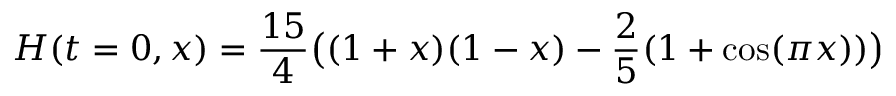
H ( t = 0 , x ) = \frac { 1 5 } { 4 } \big ( ( 1 + x ) ( 1 - x ) - \frac 2 5 ( 1 + \cos ( \pi x ) ) \big )